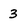
Character: 3